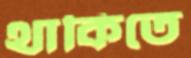
থাকিতে